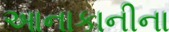
આનાકાનીના